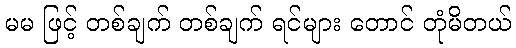
မမ ဖြင့် တစ်ချက် တစ်ချက် ရင်များ တောင် တုံမိတယ်